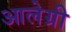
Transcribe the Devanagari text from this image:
आलेग्री